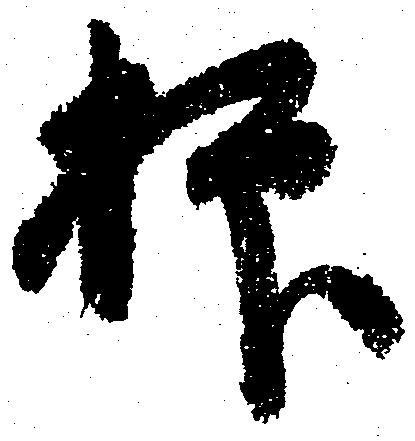
抑